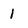
Character: 1